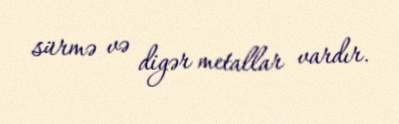
sürmə və digər metallar vardır.